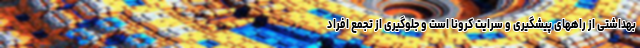
بهداشتی از راههای پیشگیری و سرایت کرونا است و جلوگیری از تجمع افراد